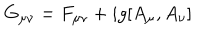
G _ { \mu \nu } = F _ { \mu \nu } + i g [ A _ { \mu } , A _ { \nu } ]